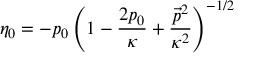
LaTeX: \eta _ { 0 } = - p _ { 0 } \left( 1 - \frac { 2 p _ { 0 } } { \kappa } + \frac { \vec { p } ^ { 2 } } { \kappa ^ { 2 } } \right) ^ { - 1 / 2 }